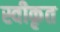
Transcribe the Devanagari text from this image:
स्वीकृत